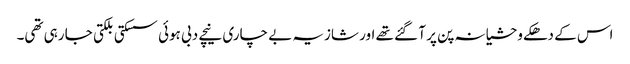
اس کے دھکے وحشیانہ پن پر آ گئے تھے اور شازیہ بے چاری نیچے دبی ہوئی سسکتی بلکتی جا رہی تھی۔